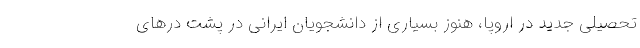
تحصیلی جدید در اروپا، هنوز بسیاری از دانشجویان ایرانی در پشت درهای